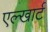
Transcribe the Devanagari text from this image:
एल्खार्ट